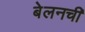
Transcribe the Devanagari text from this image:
बेलनची